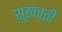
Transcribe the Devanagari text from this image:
सुखवती